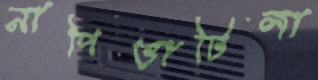
নাপিত্তাটিলা